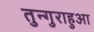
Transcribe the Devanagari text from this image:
तुन्गुराहुआ